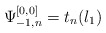
\begin{align*}\Psi_{-1,n}^{[0,0]} = t_n(l_1)\end{align*}